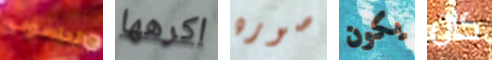
الحاسوب اكرهها صوره يكون كان